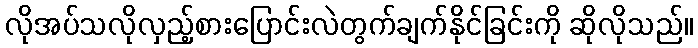
လိုအပ်သလိုလှည့်စားပြောင်းလဲတွက်ချက်နိုင်ခြင်းကို ဆိုလိုသည်။